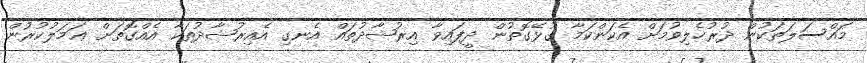
މައްސަލަތަކުން ދުރުހެލިވުމަށް އެކަންކަމާ ގުޅޭގޮތުން ދީފައިވާ އިރުޝާދުތައް އެނގި އެއިރުޝާދުތަކާ އެއްގޮތަށް ޢަމަލުކުރުން